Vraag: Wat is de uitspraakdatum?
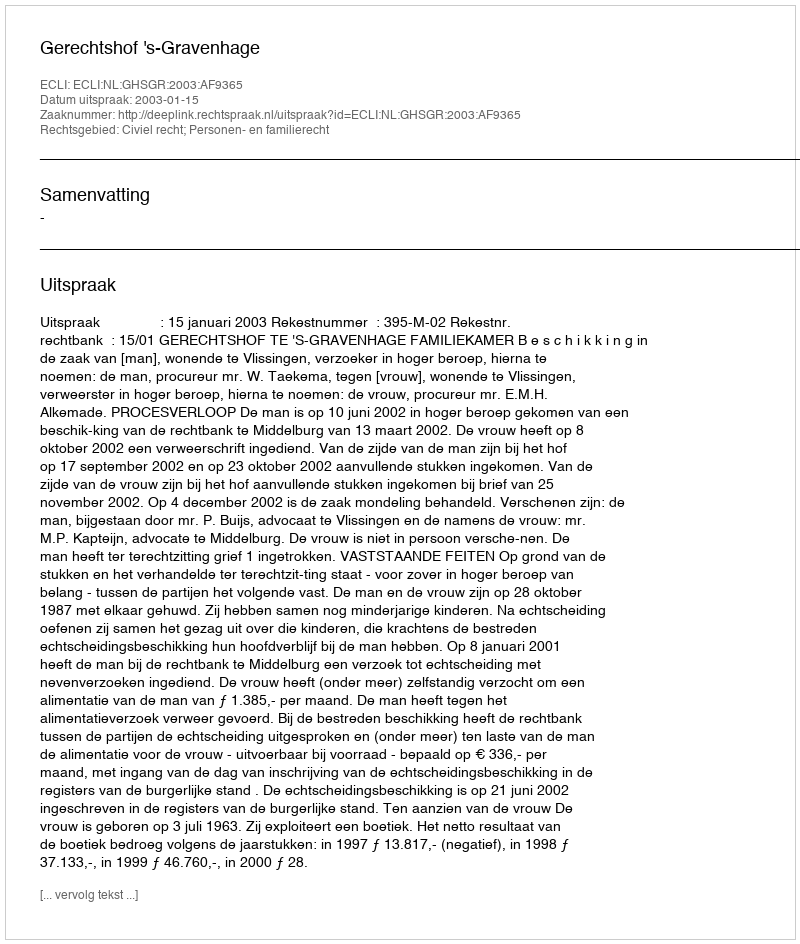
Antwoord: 2003-01-15